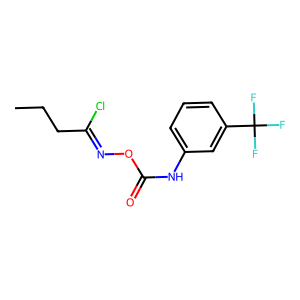
SMILES: CCCC(Cl)=NOC(=O)Nc1cccc(C(F)(F)F)c1
Inhibits HIV replication: No